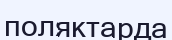
поляктарда